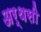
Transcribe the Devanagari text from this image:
अर्थसी